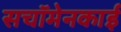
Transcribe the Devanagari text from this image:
सचॉमेनकाई